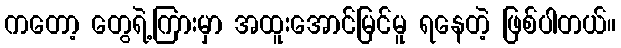
ကတော့ တွေရဲ့ကြားမှာ အထူးအောင်မြင်မူ ရနေတဲ့ ဖြစ်ပါတယ်။